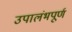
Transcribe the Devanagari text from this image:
उपालंभपूर्ण